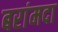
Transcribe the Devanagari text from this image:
बरांमदा